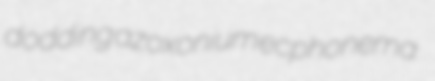
dodding azoxonium ecphonema